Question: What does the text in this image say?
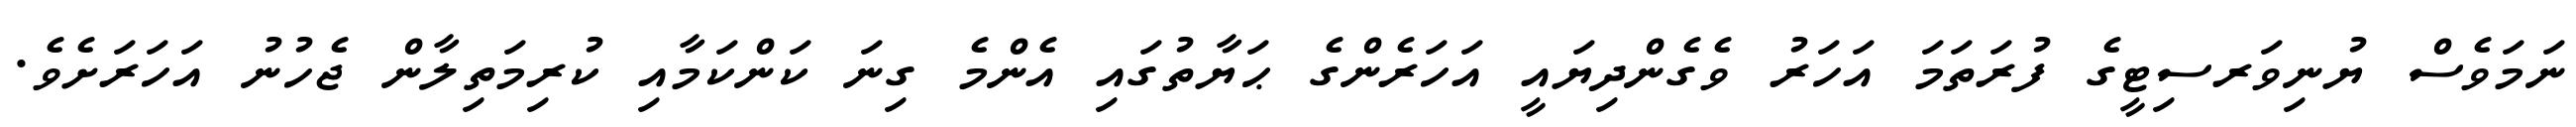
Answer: ނަމަވެސް ޔުނިވަރސިޓީގެ ފުރަތަމަ އަހަރު ވެގެންދިޔައީ އަހަރެންގެ ޙަޔާތުގައި އެންމެ ގިނަ ކަންކަމާއި ކުރިމަތިލާން ޖެހުނު އަހަރަށެވެ.